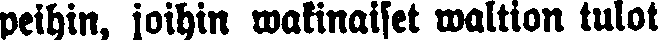
peihin, joihin wakinaiset waltion tulot